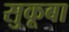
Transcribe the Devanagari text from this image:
सुकूबा